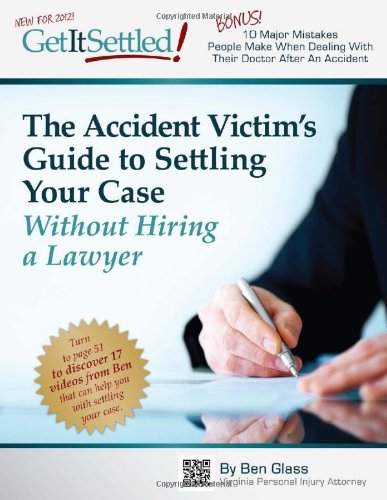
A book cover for GetItSettled!; Ben Glass; Law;